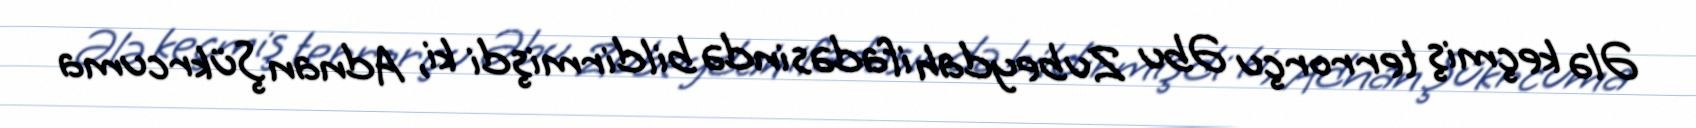
Ələ keçmiş terrorçu Əbu Zubeydah ifadəsində bildirmişdi ki, Adnan Şükrcuma